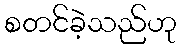
စတင်ခဲ့သည်ဟု